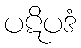
ပဋိပဒံ